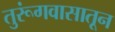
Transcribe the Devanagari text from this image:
तुरूंगवासातून